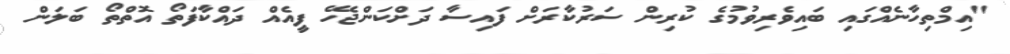
"އިމްތިހާނެއްގައި ބައިވެރިވުމުގެ ކުރިން ސަރުކާރަށް ފައިސާ ދަށްކަންޖެހޭ ފީއެއް ދައްކާފަތޯ އޮތްތޯ ބަލަން